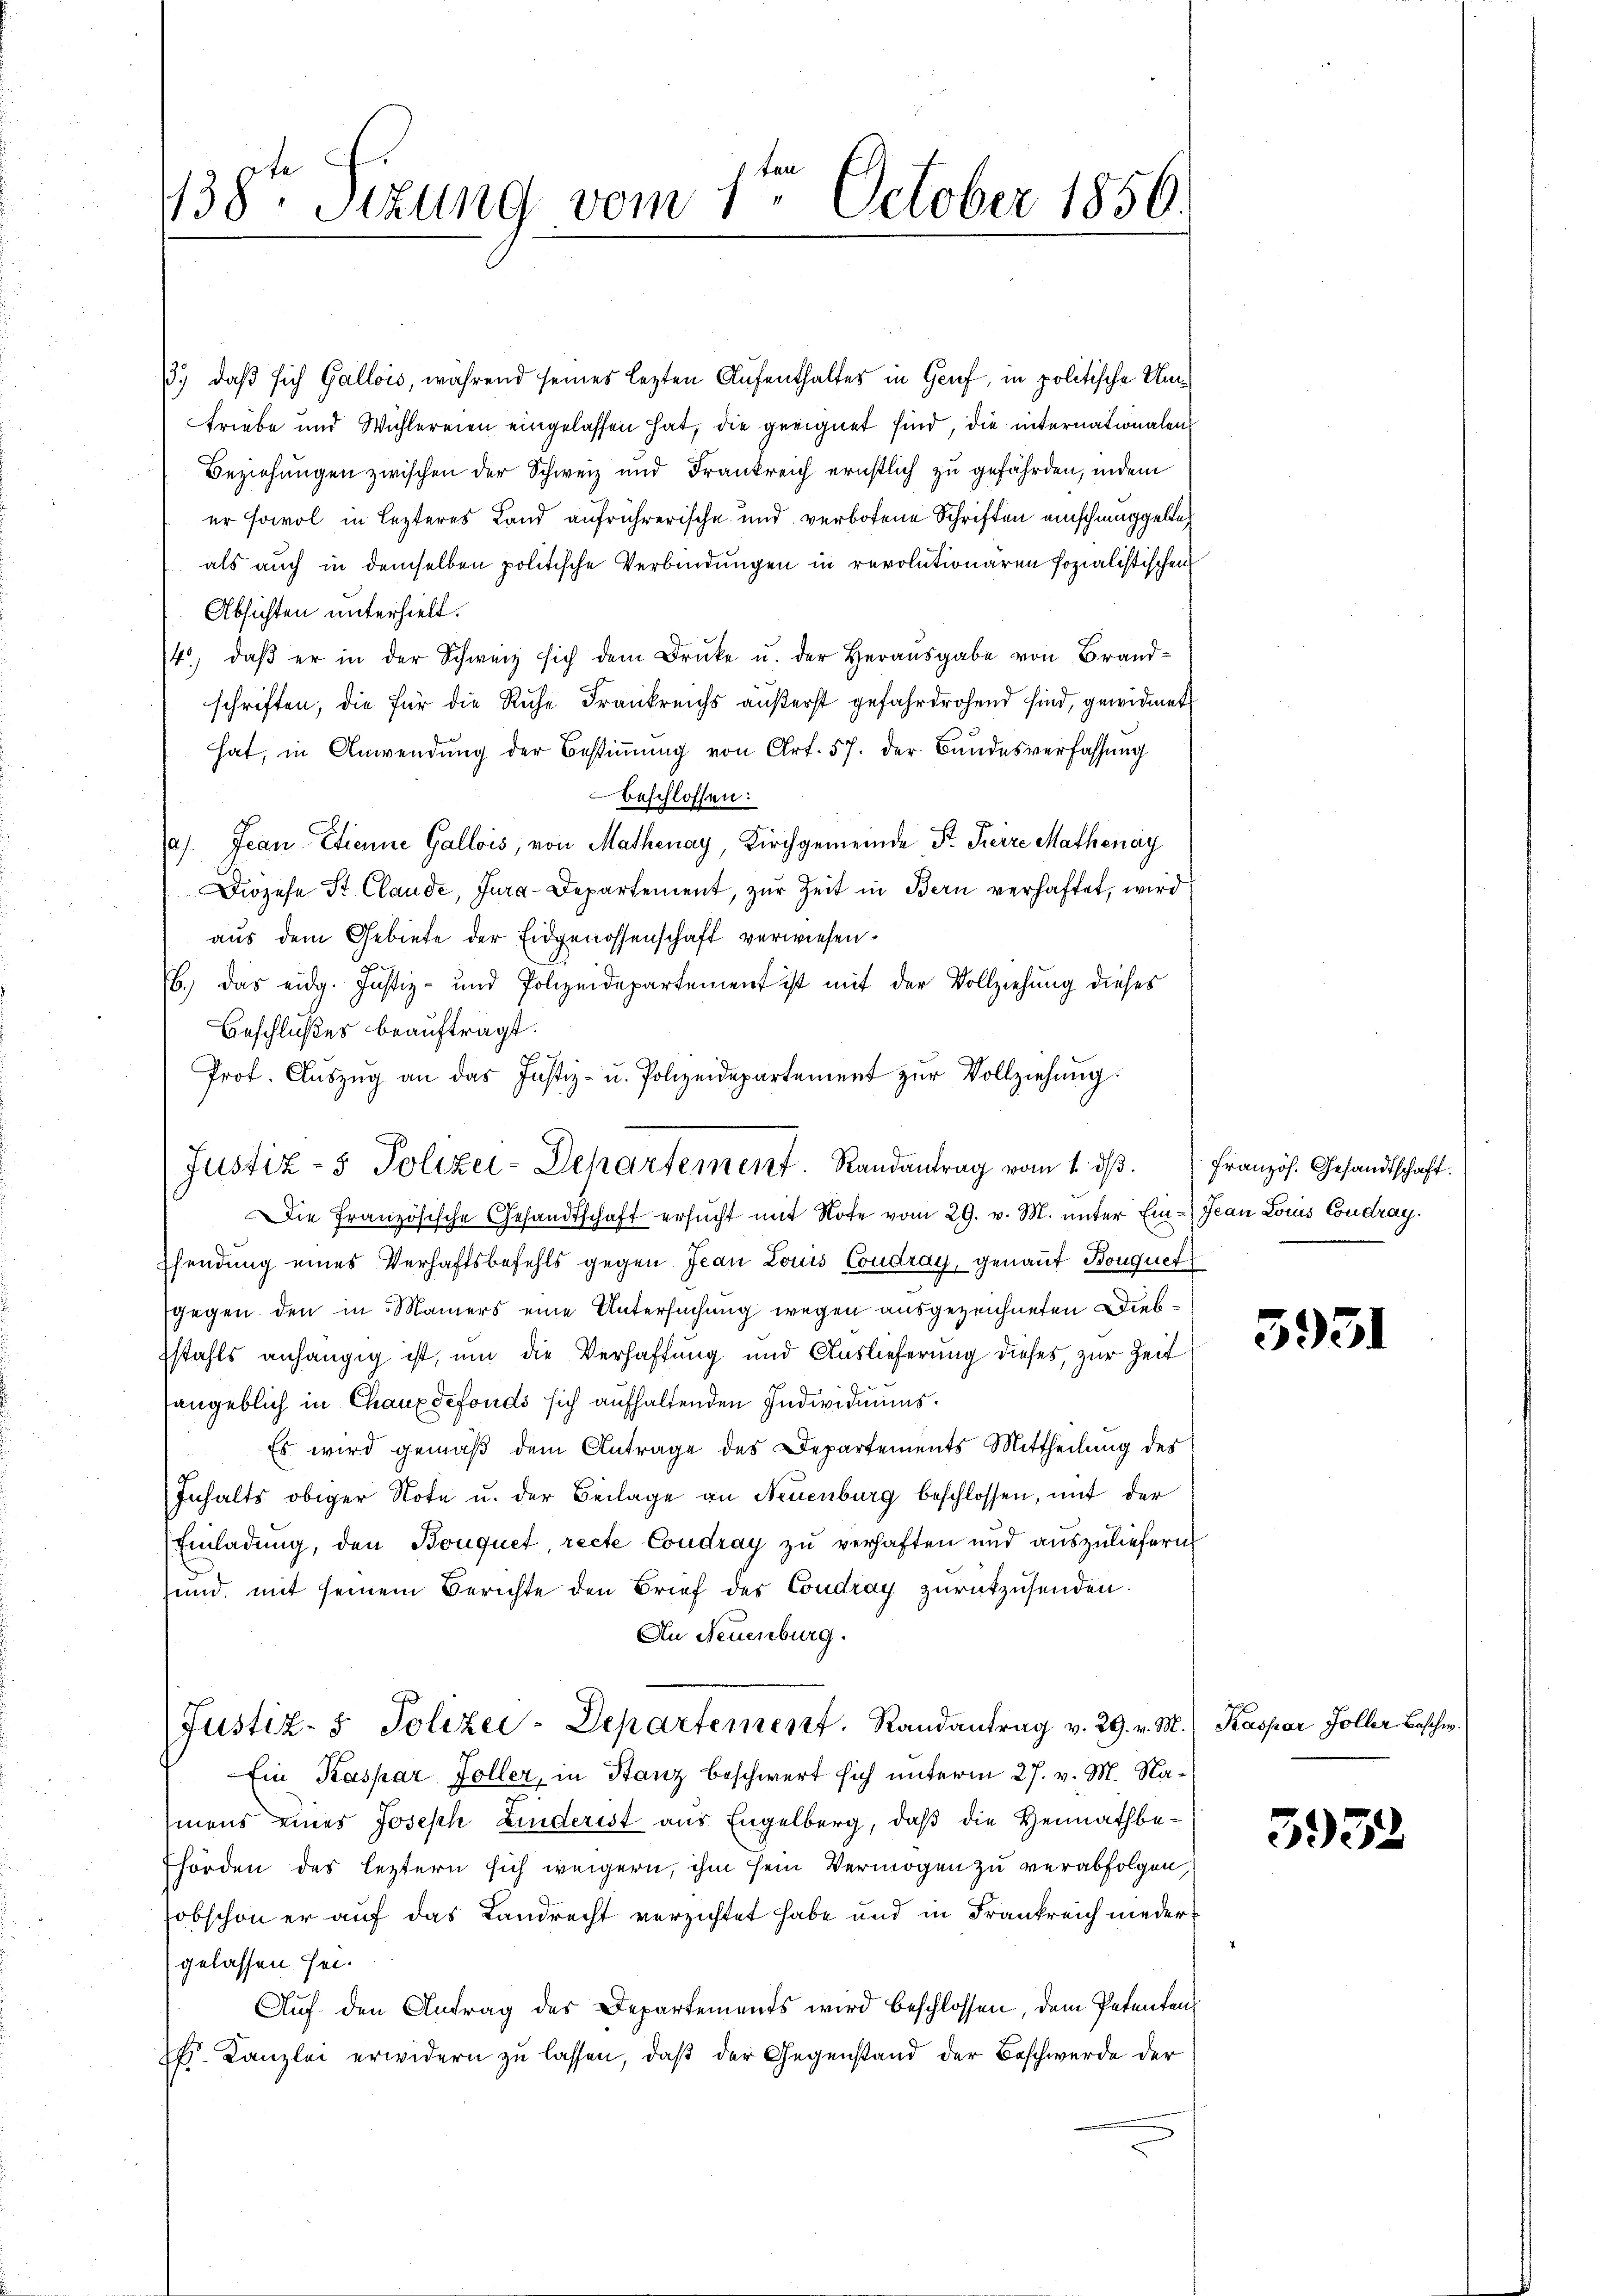
138ten Sizung vom 1te͇n October 1856.

13.) daß sich Gallois, während seines lezten Aufenthaltes in Gruf, in politische Umtriebe und Wichlereien eingelassen hat, die geeignet sind, die internationalen
Beziehungen zwischen der Schweiz und Frankreich ernstlich zu gefährden, indem
er sowol in lezteres Land aufrührerische und verbotene Schriften einschmuggelte,
als auch in demselben politische Verbindungen in revolutionären sozialistischen
Absichten unterhielt.
4, daβ er in der Schweiz sich dem Druke u. der Heraŭsgabe von Brand-
schriften, die für die Ruhe Frankreichs äußerst gefahrdrohend sind, gewidmet
hat, in Anwendung der Bestiṁŭng von Art. 57. der Bandesverfassung
beschlossen:
a). Jean Etienne Gallois, von Mathenay, Kirchgemeinde Sr. Freire Mathenay
Diözese St. Claude, Jura-Departement, zur Zeit in Bern verhaftet, wird
aus dem Gebiete der Eidgenossenschaft verwiesen.
b.) Das eidg. Justiz- und Polizeidepartement ist mit der Vollziehung dieses
Beschlußes beauftragt.
Prot. Aŭszŭg an das Justiz- u. Polizeidepartement zŭr Vollziehŭng:
Die Französische Gesandtschaft ersucht mit Note vom 29. v. M. unter Ein-Jean Louis Condray.
hendung eines Verhaftsbefehls gegen Jean Louis Condray, genant Bouquet
gegen den in Maiers eine Untersuchung wegen ausgezeichneten Diebstahls anhängig ist, um die Verhaftung und Auslieferung dieses, zur Zeit
sangeblich in Chauxdefonds sich aufhaltenden Individuums¬
Es wird gemäß dem Antrage des Departements Mittheilung des
Inhalts obiger Note u. der Beilage an Neuenburg beschlossen, mit der
Einladung, den Bouquet, recte Coudray zu verhaften und auszuliefern
und, mit seinem Berichte den Brief des Condray zurückzusenden.
An Neuenburg.
Justiz- & Polizei-Departement. Randantrag v. 29. v. M. Kaspar Zoller Beschw.
Ein Kaspar Foller, in Stanz beschwert sich unterm 27. v. M. Namens eines Joseph Linderist aus Engelberg, daß die Heimathbehörden des leztern sich weigern, ihm sein Vermögen zu verabfolgen,
sobschon er auf das Landrecht verzichtet habe und in Frankreich niedergelassen sei.
Auf den Antrag des Departements wird beschlossen, dem Petenten
 Kanzlei erwidern zu lassen, daß der Gegenstand der Beschwerde der

Justiz- & Polizei-Departement. Randantrag vom 1. dβ. Französ. Gesandtschaft.

3951

3932